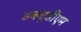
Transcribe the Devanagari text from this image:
डब्ल्युडीएम